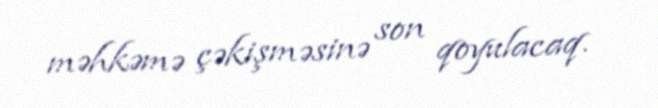
məhkəmə çəkişməsinə son qoyulacaq.